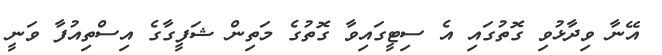
އޭނާ ވިދާޅުވި ގޮތުގައި އެ ސިޓީގައިވާ ގޮތުގެ މަތިން ޝަފީގާގެ އިސްތިއުފާ ވަނީ